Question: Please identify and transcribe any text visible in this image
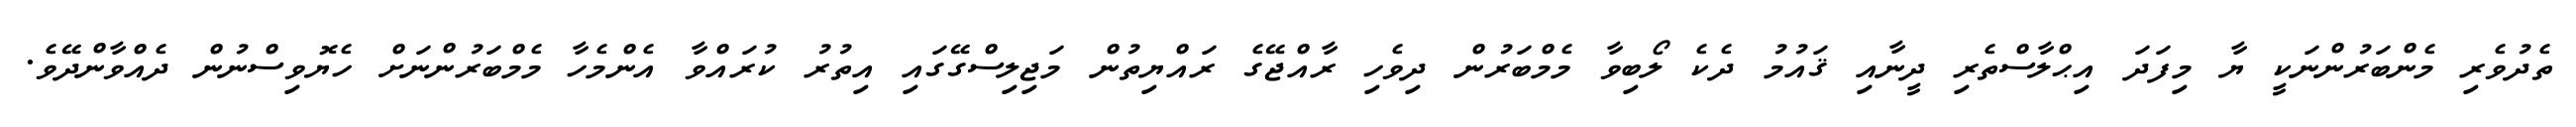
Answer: ތެދުވެރި މެންބަރުންނަކީ ޔާ މިފަދަ އިޙްލާސްތެރި ދީނާއި ޤައުމު ދެކެ ލޯބިވާ މެމްބަރުން ދިވެހި ރާއްޖޭގެ ރައްޔިތުން މަޖިލިސްގޭގައި އިތުރު ކުރައްވާ އެންމެހާ މެމްބަރުންނަށް ހެޔޮވިސްނުން ދެއްވާންދޭވެ.